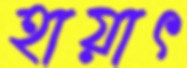
হায়াৎ